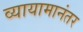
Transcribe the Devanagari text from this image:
व्यायामानंतर